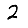
Digit: 2